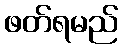
ဖတ်ရမည်